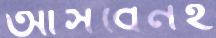
আসবেনই